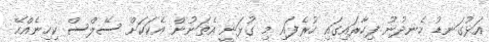
އަޅުގަނޑު ހެނދުނު ފިހާރައިގައި ހުރެފައި މި ގުޅަނީ އެތަނުން އެކަކަަށް ސޭލްސް ކިހިނެއްހޭ